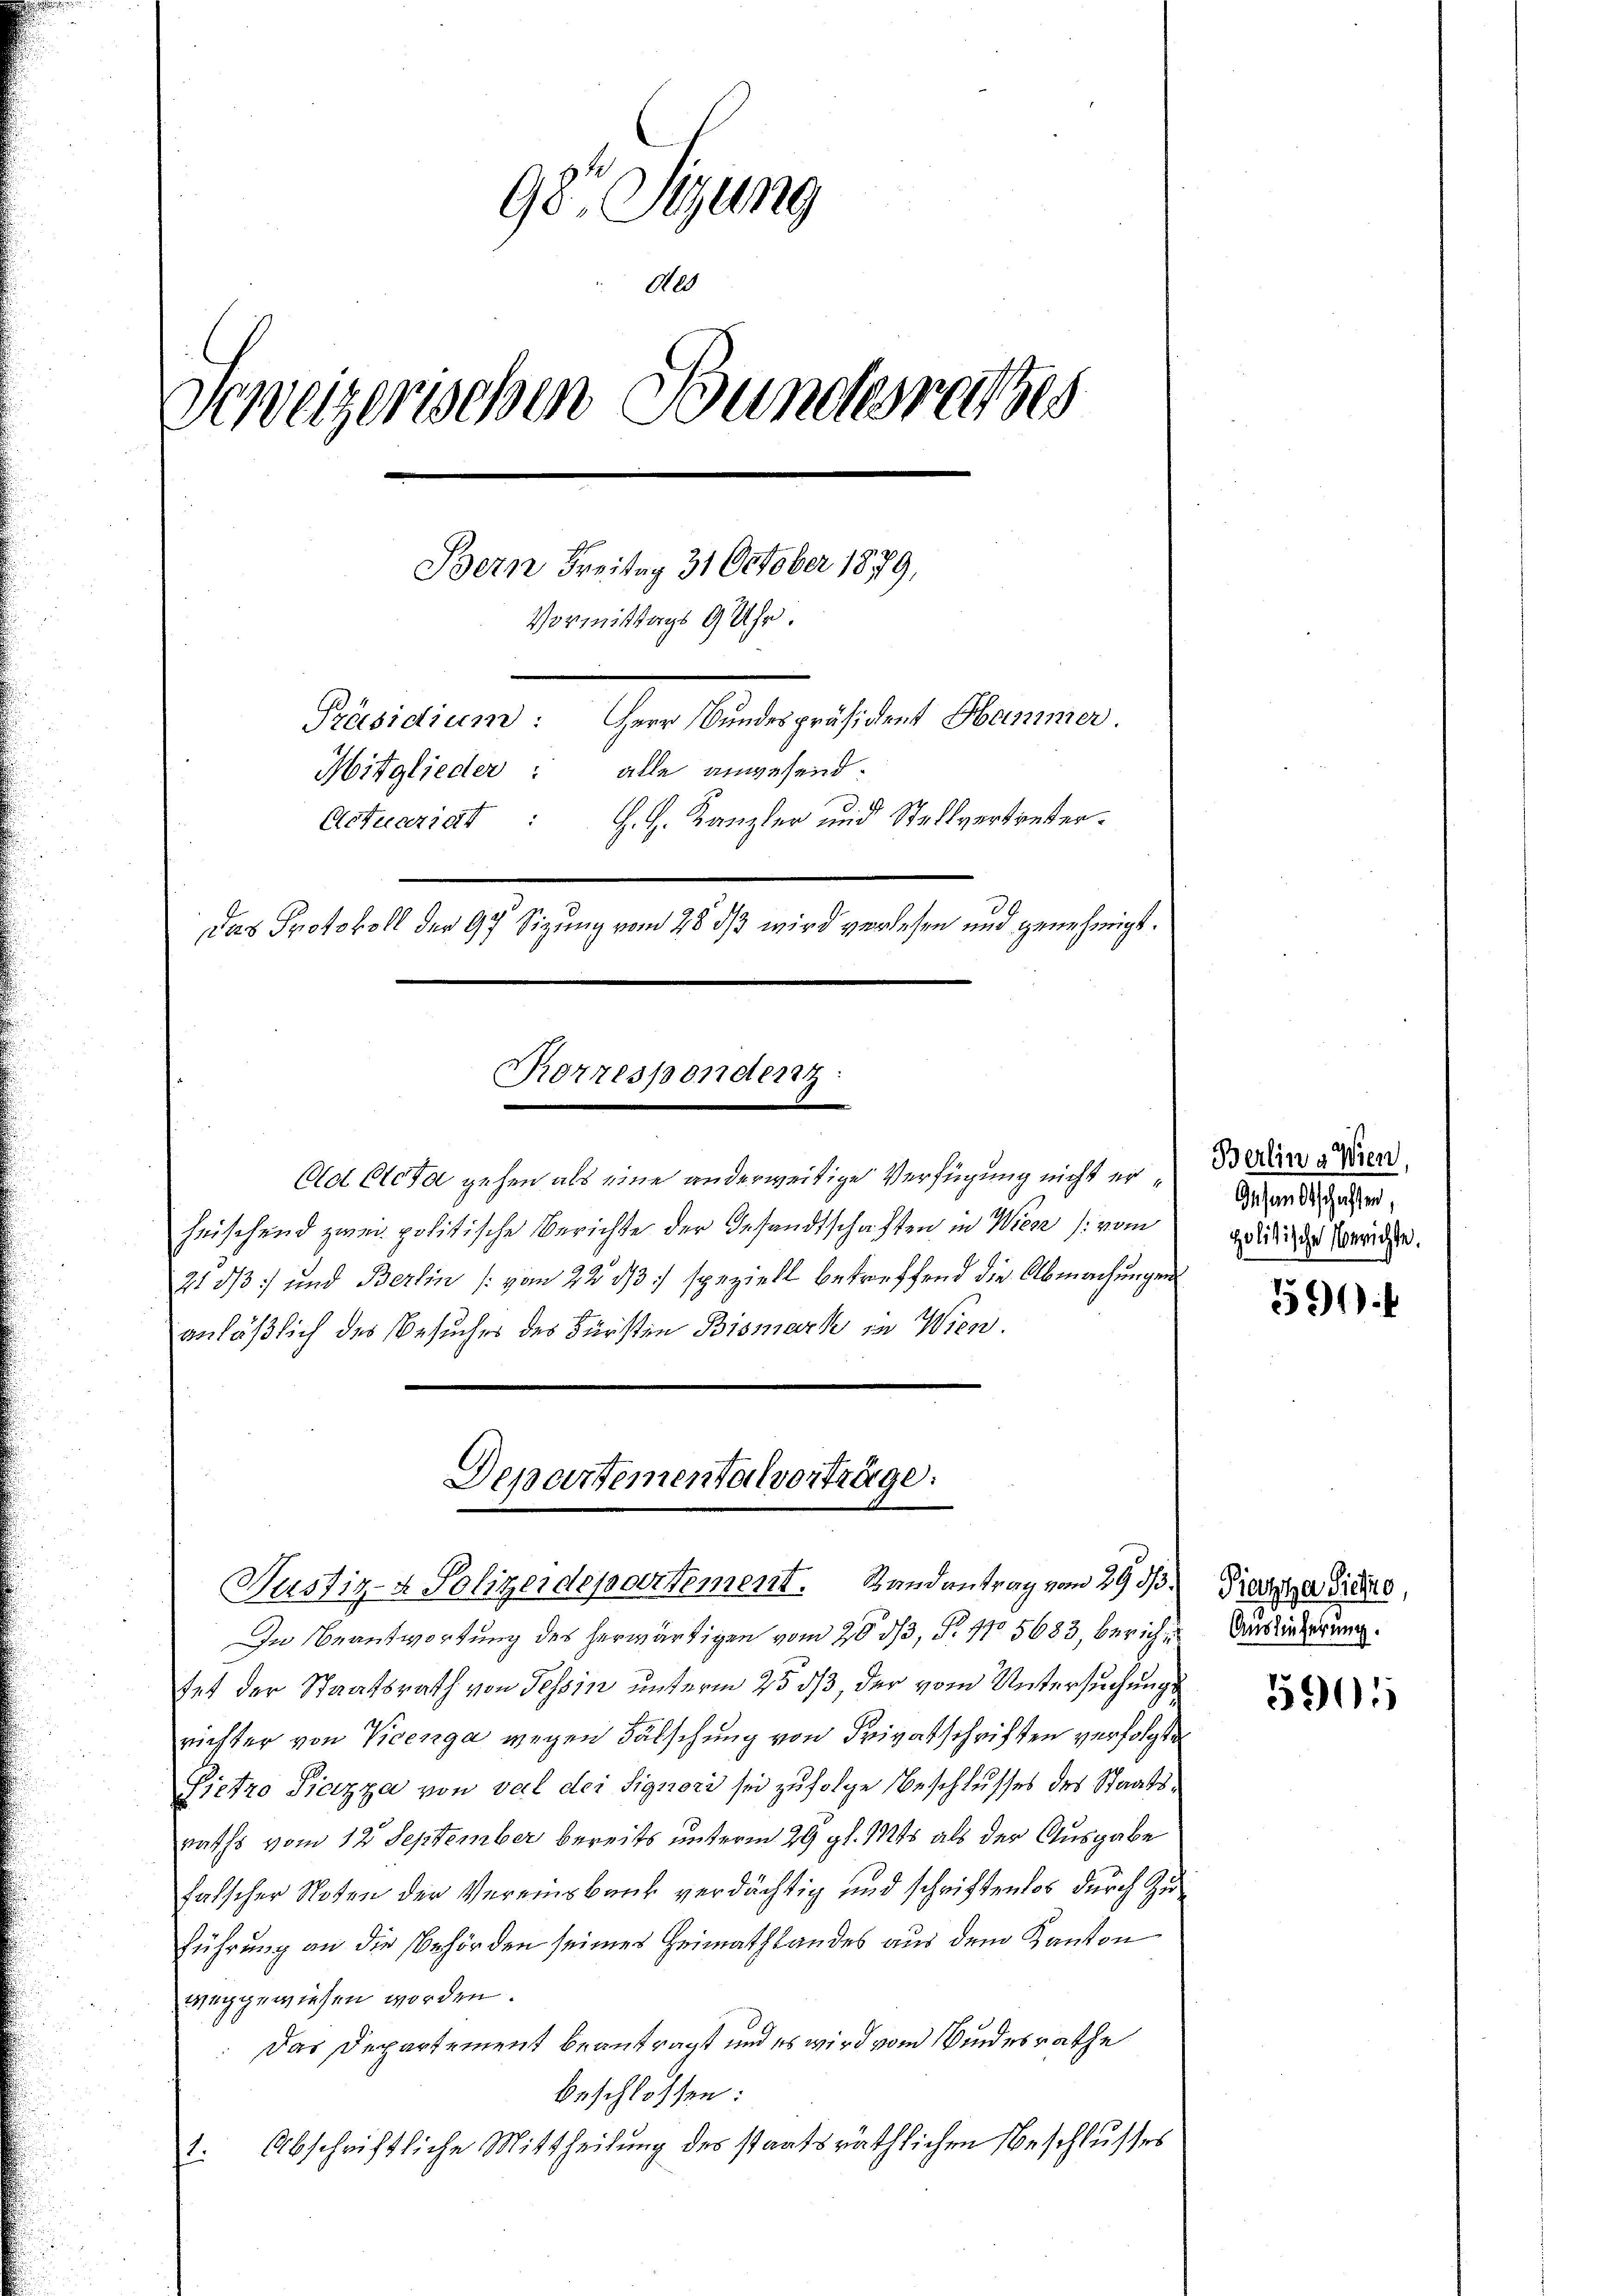
98. Stung
de
Scweizerischen Bunderates
Bern Freitag 31 October 1879,
Vormittags 9 Uhr.
Präsidium: Herr Bundespräsident Hammer.
Mitglieder: alle anwesend.
H. H. Kanzler und Stellvertreter¬
Actuariat :
Das Protokoll der 97 Sizung vom 28 dß wird verlesen und genehmigt.
Korresponder

Cot Ctcta gehen als eine anderweitige Verfügung nicht erheischend zwei politische Berichte der Gesandtschaften in Wiese (vom
213) und Berlin (vom 22 1/3 :/ speziell betreffend die Abmachungen
anläßlich des Besuches des Fürsten Bismark in Wien.

Denartementalvorträge:
Nustiz- & Polizeidepartement. Landantrag vom 29 d.) Dieszeiches,

In Beantwortung des herwärtigen vom 20. ds, P. 11 5683, berichte Auslieferung
tet der Staatsrath von Tessin unterm 25 ds, der vom Untersuchungs
richter von Vicenga wegen Fälschung von Privatschriften verfolgte
Sietro Piazza von val der Signori sei zufolge Beschlusses des Staatsraths vom 12 September bereits unterm 29. gl. 1915 als der Ausgabe
falscher Noten der Vereinsbank verdächtig und schriftendes durch Zuführung an die Behörden seines Heimathlandes aus dem Kanton
weggewiesen worden.
Das Departement beantragt und es wird vom Windesrathe
beschlossen:
Abschriftliche Mittheilung des staatsräthlichen Beschlusses
f

Berling Wien,
Gesandtschaften,
politische Berichte.

591

5901